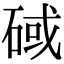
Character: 䂸